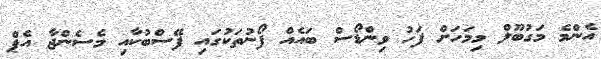
އެންމެ މަގުބޫލް މިމަހަށް ފަހު ވިންޑޯސް ބައެއް ފޯނުތަކުގައި ފޭސްބުކާއި މެސެންޖާ އެޕް